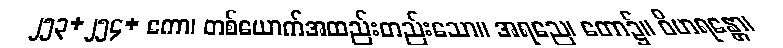
၂၅၃+၂၅၄+ ကော၊ တစ်ယောက်အထည်းတည်းသော။ အရညေ၊ တော၌။ ဝိဟရန္တော၊